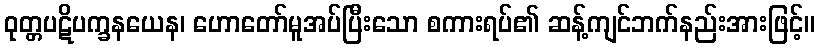
ဝုတ္တပဋိပက္ခနယေန၊ ဟောတော်မူအပ်ပြီးသော စကားရပ်၏ ဆန့်ကျင်ဘက်နည်းအားဖြင့်။